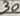
Text: 30